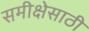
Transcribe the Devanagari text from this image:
समीक्षेसाठी